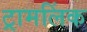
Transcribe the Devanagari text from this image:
ट्रामलिंक